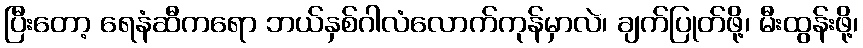
ပြီးတော့ ရေနံဆီကရော ဘယ်နှစ်ဂါလံလောက်ကုန်မှာလဲ၊ ချက်ပြုတ်ဖို့၊ မီးထွန်းဖို့၊